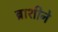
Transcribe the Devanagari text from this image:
ब्राशीने